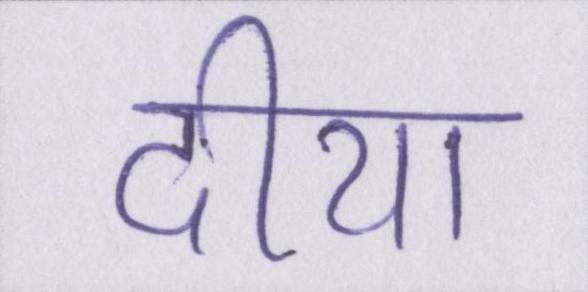
दीया